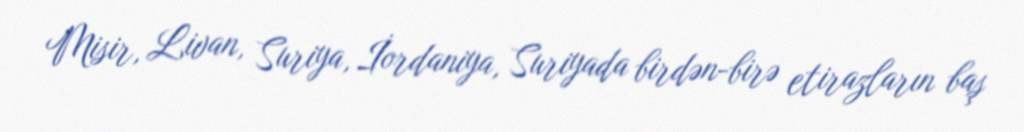
Misir, Livan, Suriya, İordaniya, Suriyada birdən-birə etirazların baş